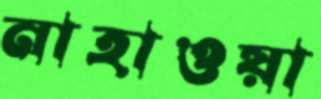
নাহাওয়া